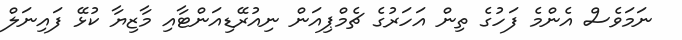
ނަމަވެސް އެންމެ ފަހުގެ ތިން އަހަރުގެ ޗެމްޕިއަން ނިއުރޭޑިއަންޓާއި މާޒިޔާ ކުޅޭ ފައިނަލް